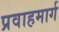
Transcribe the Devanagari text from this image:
प्रवाहमार्ग